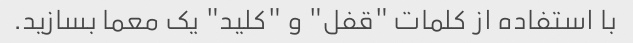
با استفاده از کلمات "قفل" و "کلید" یک معما بسازید.